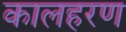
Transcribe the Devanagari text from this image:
कालहरण